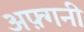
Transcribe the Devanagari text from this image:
अफ़्गनी